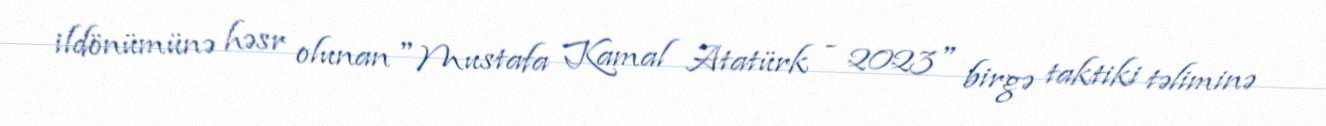
ildönümünə həsr olunan "Mustafa Kamal Atatürk - 2023" birgə taktiki təliminə